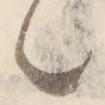
々